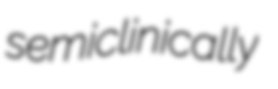
semiclinically